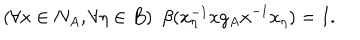
( \forall x \in N _ { A } , \forall \eta \in B ) ~ ~ \beta ( x _ { \eta } ^ { - 1 } x g _ { A } x ^ { - 1 } x _ { \eta } ) = I .